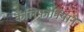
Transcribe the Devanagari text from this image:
कॅलिफोर्नियाने